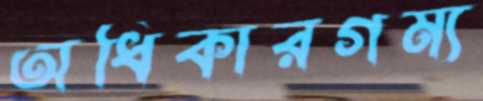
অধিকারগম্য